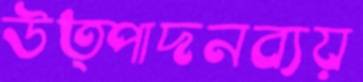
উত্পাদনব্যয়